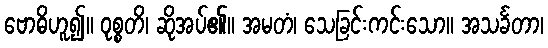
ဗောဓိဟူ၍။ ဝုစ္စတိ၊ ဆိုအပ်၏။ အမတံ၊ သေခြင်းကင်းသော။ အသင်္ခတာ၊